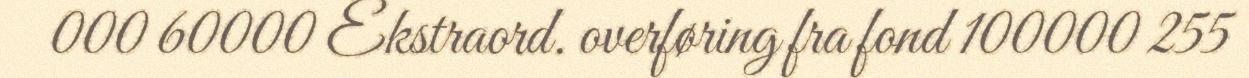
000 60000 Ekstraord. overføring fra fond 100000 255